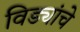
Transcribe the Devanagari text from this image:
विड्यांचे